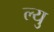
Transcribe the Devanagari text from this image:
ल्यु